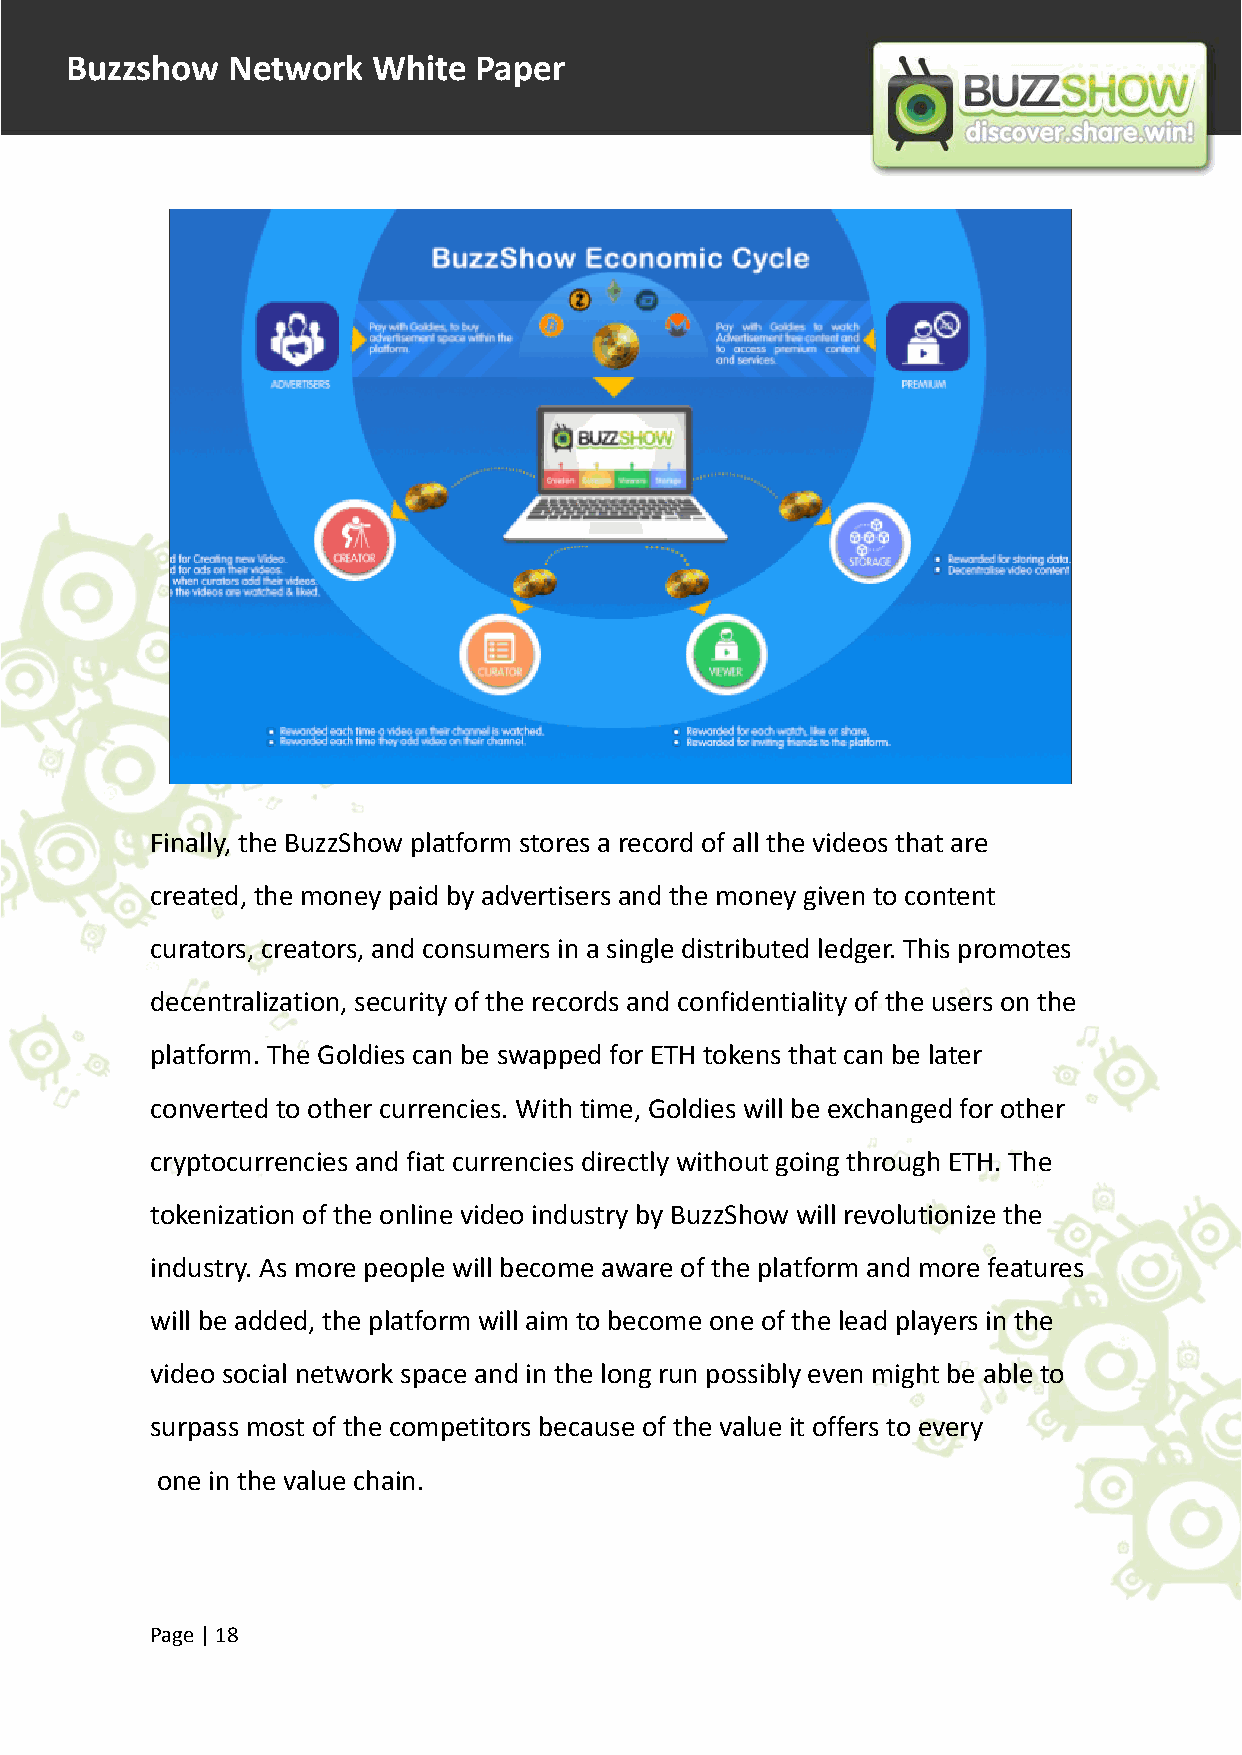
Buzzshow   Network   White Paper
 Finally, the BuzzShow platform stores a record of all the videos that are
 created, the money paid by advertisers and the money given to content
 curators, creators, and consumers in a single distributed ledger. This promotes
 decentralization, security of the records and confidentiality of the users on the
 platform. The Goldies can be swapped for ETH tokens that can be later
 converted to other currencies. With time, Goldies will be exchanged for other
 cryptocurrencies and fiat currencies directly without going through ETH. The
 tokenization of the online video industry by BuzzShow will revolutionize the
 industry. As more people will become aware of the platform and more features
 will be added, the platform will aim to become one of the lead players in the
 video social network space and in the long run possibly even might be able to
 surpass most of the competitors because of the value it offers to every
 one in the value chain.
 Page |18